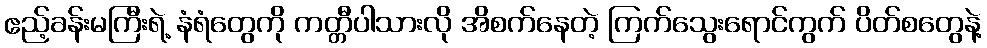
ဧည့်ခန်းမကြီးရဲ့ နံရံတွေကို ကတ္တီပါသားလို အိစက်နေတဲ့ ကြက်သွေးရောင်ကွက် ပိတ်စတွေနဲ့